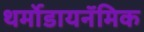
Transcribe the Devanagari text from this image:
थर्मोडायनॅमिक